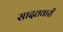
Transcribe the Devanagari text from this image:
सादतवारी